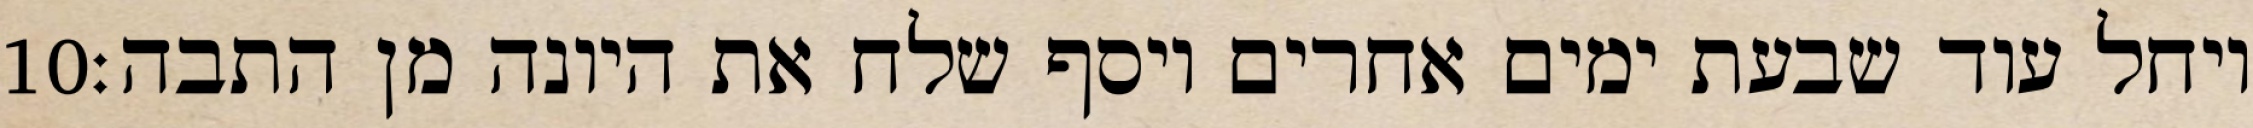
‎10‏ ויחל עוד שבעת ימים אחרים ויסף שלח את היונה מן התבה׃